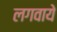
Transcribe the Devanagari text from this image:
लगवाये